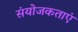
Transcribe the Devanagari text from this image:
संयोजकताएं